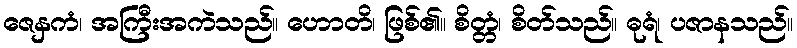
ဇေနှကံ၊ အကြီးအကဲသည်။ ဟောတိ၊ ဖြစ်၏။ စိတ္တံ၊ စိတ်သည်။ ဓုရံ၊ ပဇာနသည်။